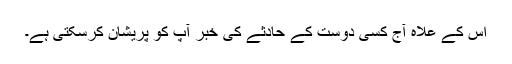
اس کے علاہ آج کسی دوست کے حادثے کی خبر آپ کو پریشان کرسکتی ہے۔